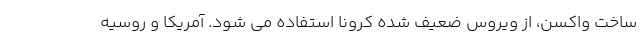
ساخت واکسن، از ویروس ضعیف شده کرونا استفاده می شود. آمریکا و روسیه